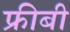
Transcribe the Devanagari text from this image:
फ्रीबी